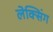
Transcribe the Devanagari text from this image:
लेक्सिंग